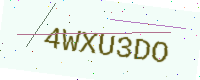
Text: 4WXU3DO